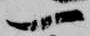
一